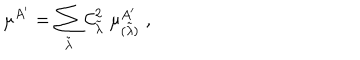
LaTeX: \mu ^ { A ^ { \prime } } = \sum _ { \tilde { \lambda } } { \cal C } _ { \tilde { \lambda } } ^ { 2 } \; \mu _ { ( \tilde { \lambda } ) } ^ { A ^ { \prime } } \; ,